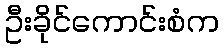
ဦးခိုင်ကောင်းစံက